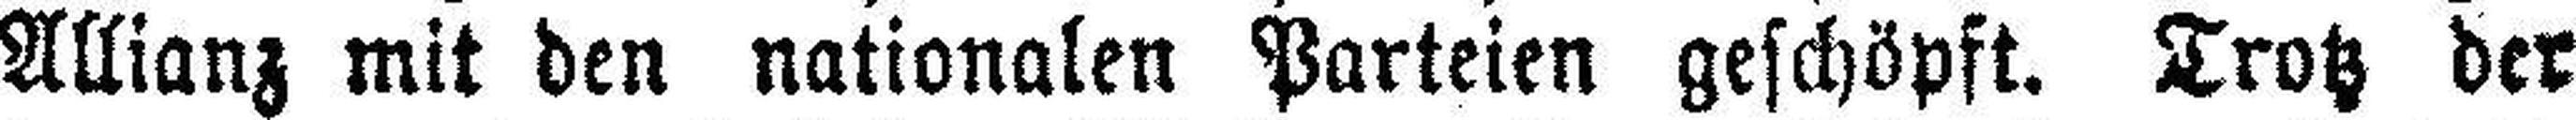
Allianz mit den nationalen Parteien geschöpft. Trotz der